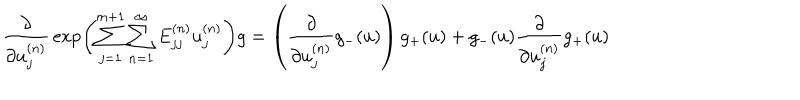
LaTeX: \frac { \partial } { \partial u _ { j } ^ { ( n ) } } \, \exp \left( { \sum _ { j = 1 } ^ { m + 1 } \sum _ { n = 1 } ^ { \infty } E _ { j j } ^ { ( n ) } u _ { j } ^ { ( n ) } } \right) g = \left( \frac { \partial } { \partial u _ { j } ^ { ( n ) } } g _ { - } ( u ) \right) g _ { + } ( u ) + g _ { - } ( u ) \frac { \partial } { \partial u _ { j } ^ { ( n ) } } g _ { + } ( u )